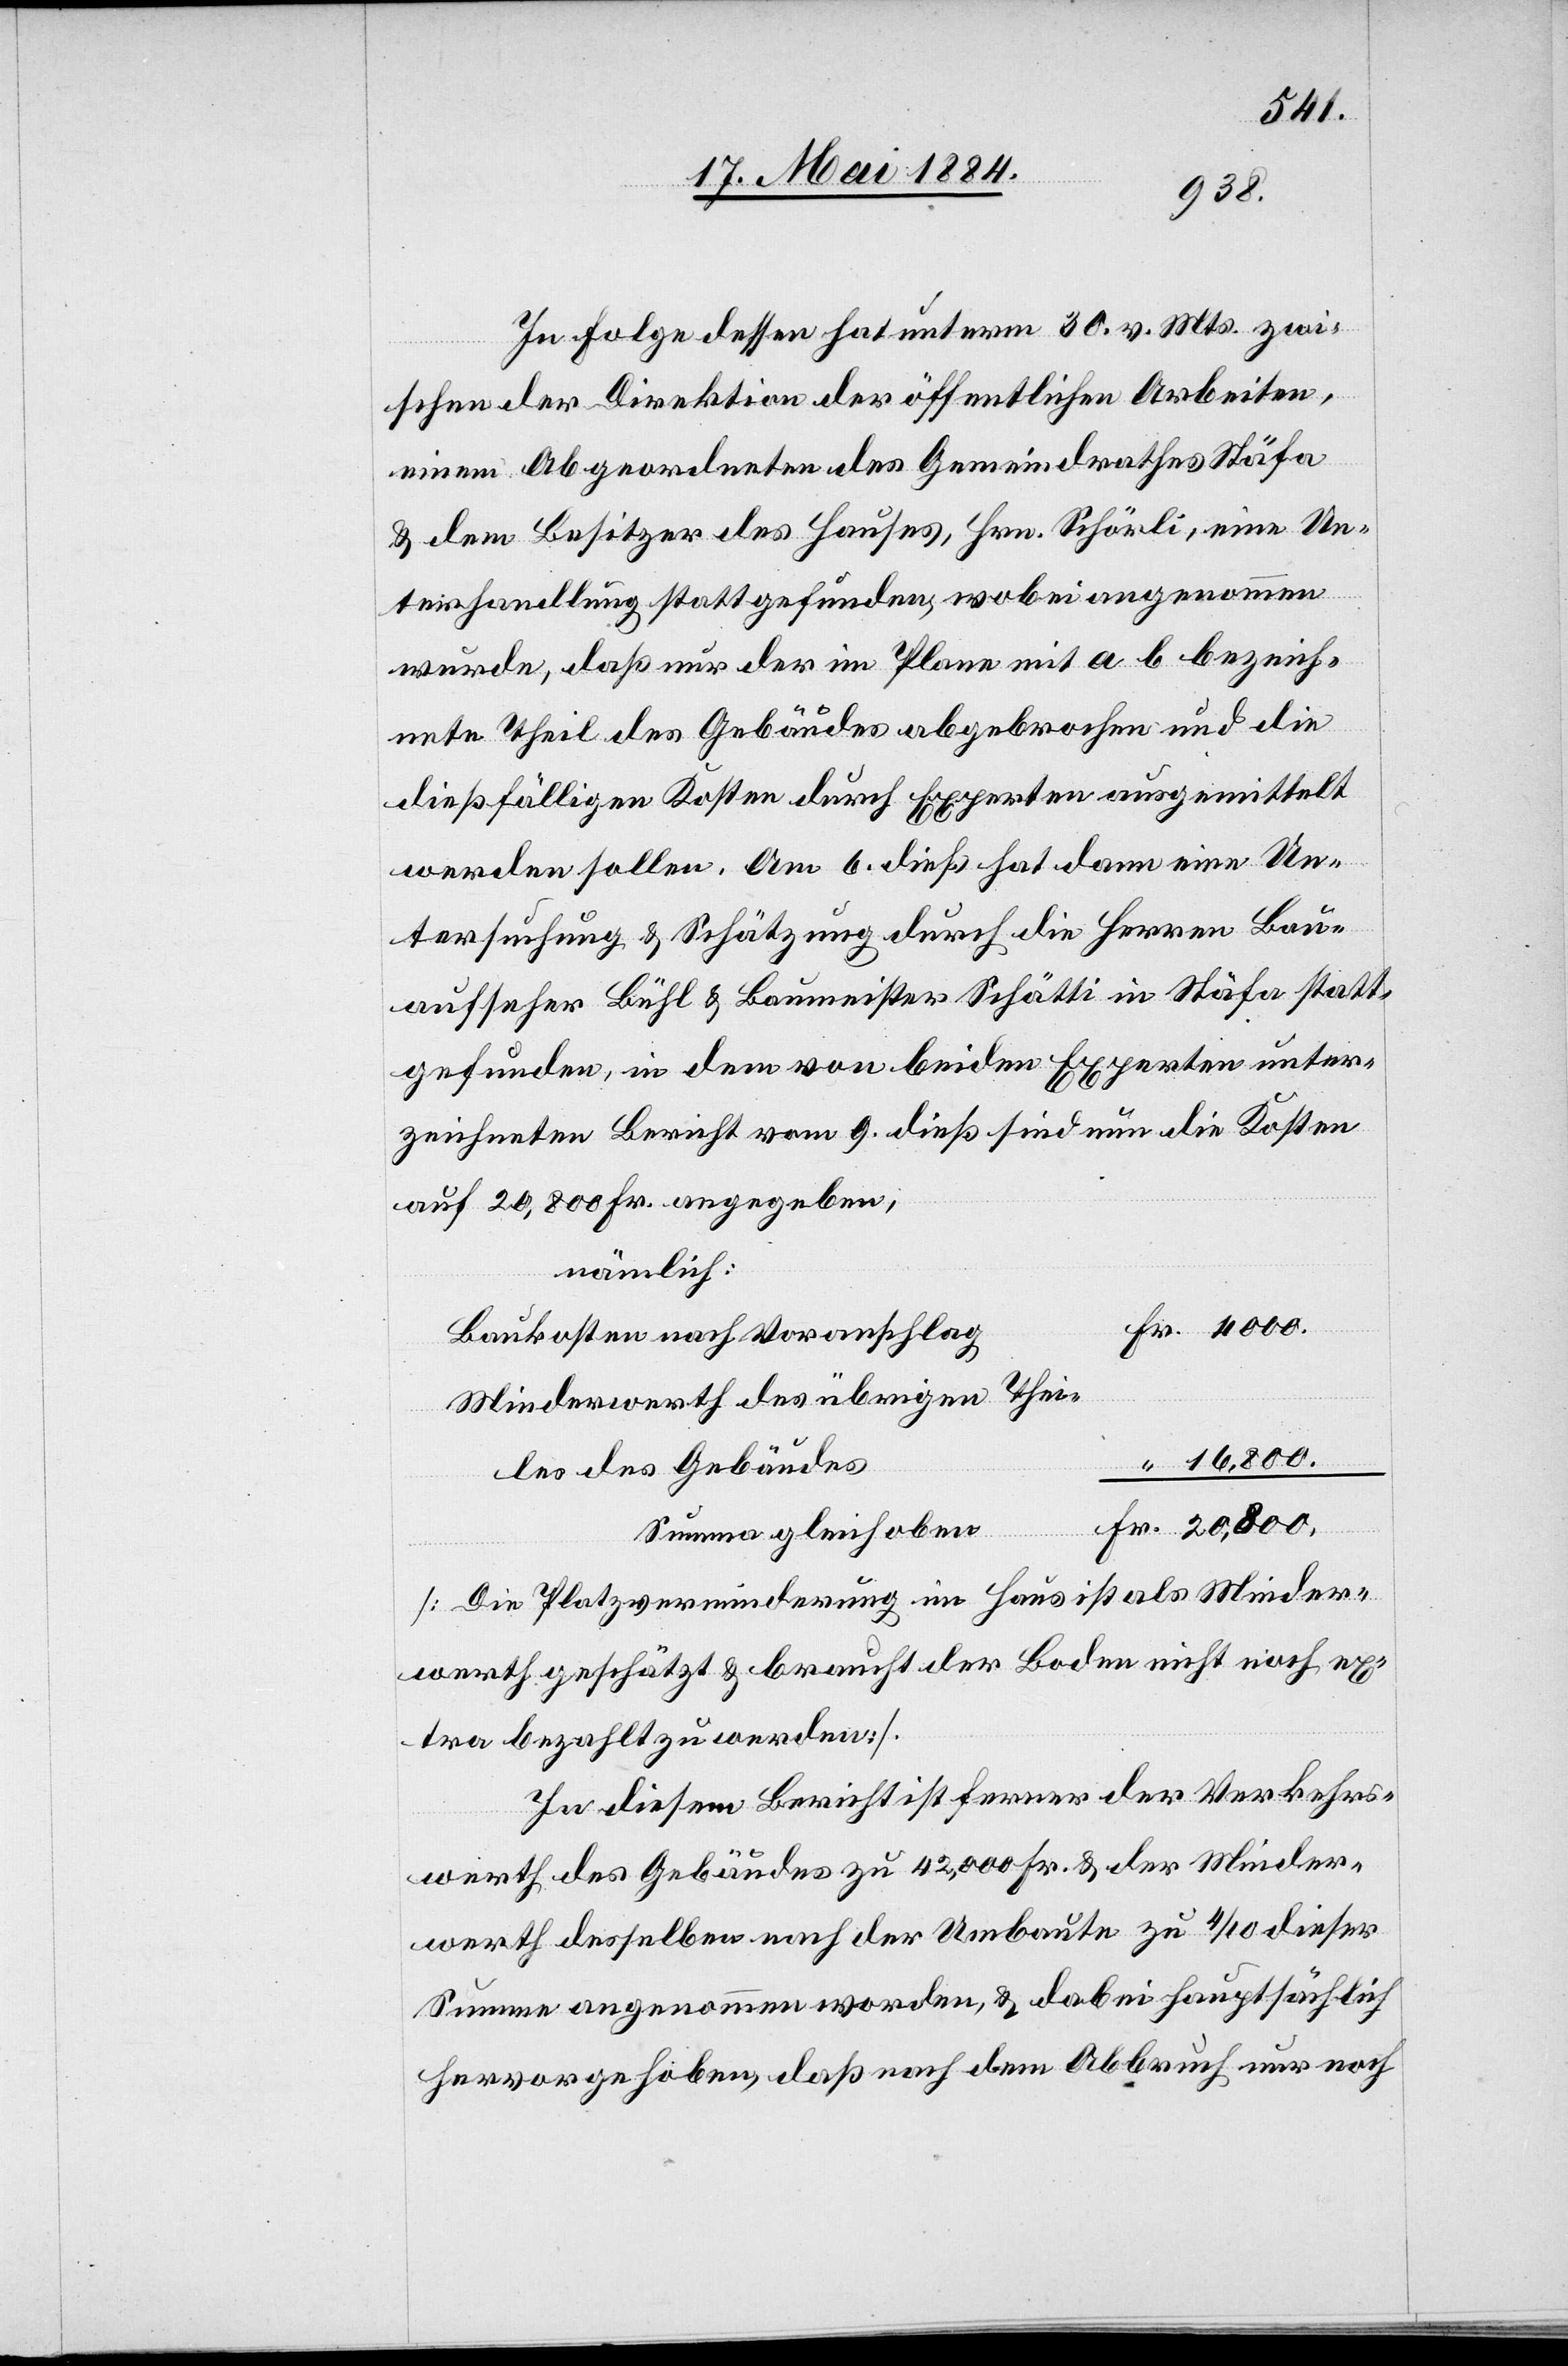
4000.
In Folge dessen hat unterm 30. v. Mts. zwi¬
“
schen der Direktion der öffentlichen Arbeiten
einem Abgeordneten des Gemeindrathes Stäfa
& dem Besitzer des Hauses, Hrn. Schörli, eine Un¬
terhandlung stattgefunden, wobei angenommen
wurde, daß nur der im Plane mit a b bezeich¬
nete Theil des Gebäudes abgebrochen und die
dießfälligen Kosten durch Experten ausgemittelt
werden sollen. Am 6. dieß hat dann eine Un¬
tersuchung & Schätzung durch die Herren Bau¬
aufseher Bühl & Baumeister Schätti in Stäfa statt¬
gefunden, in dem von beiden Experten unter¬
zeichneten Bericht vom 9. dieß sind nun die Kosten
auf 20,800 Fr. angegeben,
nämlich:
Baukosten nach Voranschlag:
Minderwerth des übrigen Thei¬
20,800.
les des Gebäudes
Summa gleich oben
[Die Platzverminderung im Haus ist als Minder¬
werth geschätzt & braucht der Boden nicht noch ex¬
tra bezahlt zu werden.]
In diesem Bericht ist ferner der Verkehrs¬
werth des Gebäudes zu 42,000 Fr. & der Minder¬
werth desselben nach der Umbaute zu 4/10 dieser
Summe angenommen worden, & dabei hauptsächlich
hervorgehoben, daß nach Abbruch nur noch